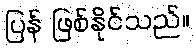
ပြန် ဖြစ်နိုင်သည်။